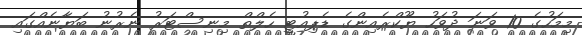
މިމަހުގެ 10 ވަނަ ދުވަހު ޔޫކްރެއިންގެ ޑެޕިއުޓީ ހެލްތް މިނިސްޓަރު ނެރުނު ބަޔާނެއްގައި